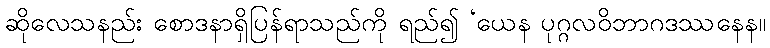
ဆိုလေသနည်း စောဒနာရှိပြန်ရာသည်ကို ရည်၍ ‘ယေန ပုဂ္ဂလဝိဘာဂဒဿနေန။